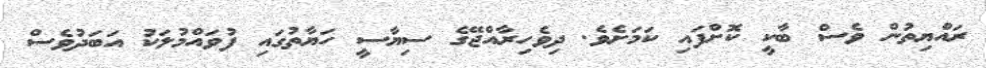
ރައްޔިތުން ވެސް ބާކީ ކޮށްފައި ކަމަށެވެ. ދިވެހިރާއްޖޭގެ ސިޔާސީ ހަޔާތުގައި ފުވައްމުލަކު އަބަދުވެސް